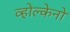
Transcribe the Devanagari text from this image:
व्होल्केनो